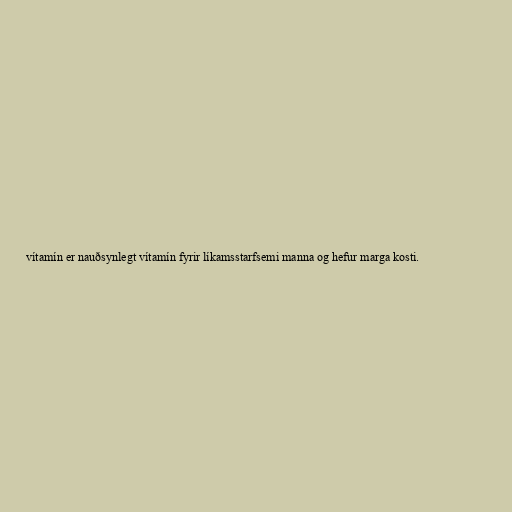
vítamín er nauðsynlegt vítamín fyrir líkamsstarfsemi manna og hefur marga kosti.